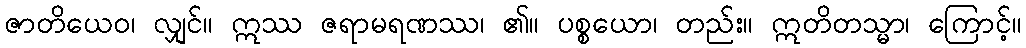
ဇာတိယေဝ၊ လျှင်။ ဣဿ ဇရာမရဏဿ၊ ၏။ ပစ္စယော၊ တည်း။ ဣတိတသ္မာ၊ ကြောင့်။